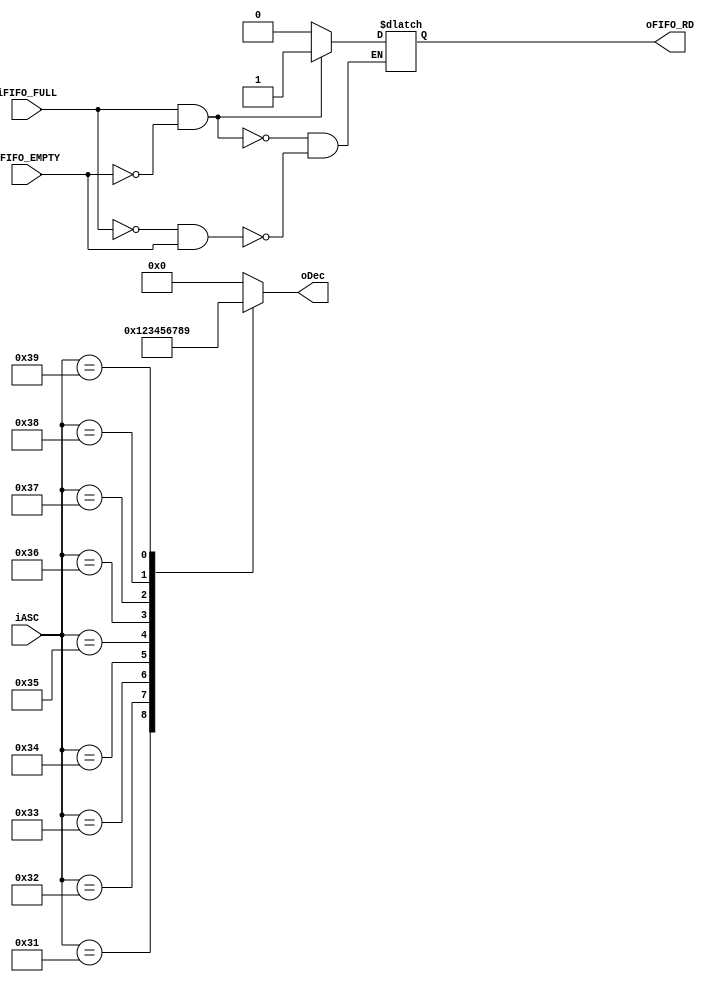
module asc_to_dec (
	input iFIFO_FULL,
	input iFIFO_EMPTY,
	input [7:0] iASC,
	output oFIFO_RD,
	output reg [3:0] oDec
);
reg rFIFO_RD;
assign oFIFO_RD = rFIFO_RD;
always@(*) begin
	if(iFIFO_FULL == 1 && iFIFO_EMPTY == 0)rFIFO_RD <= 1;
	else if(iFIFO_FULL == 0 && iFIFO_EMPTY == 1)rFIFO_RD <= 0;
	else rFIFO_RD <= rFIFO_RD;
end
always@(*) begin
  case (iASC)
    8'b00110000: oDec = 4'b0000; // '0'
    8'b00110001: oDec = 4'b0001; // '1'
    8'b00110010: oDec = 4'b0010; // '2'
    8'b00110011: oDec = 4'b0011; // '3'
    8'b00110100: oDec = 4'b0100; // '4'
    8'b00110101: oDec = 4'b0101; // '5'
    8'b00110110: oDec = 4'b0110; // '6'
    8'b00110111: oDec = 4'b0111; // '7'
    8'b00111000: oDec = 4'b1000; // '8'
    8'b00111001: oDec = 4'b1001; // '9'
    default: oDec = 4'b0000; //
  endcase
end

endmodule